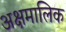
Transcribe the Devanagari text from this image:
अक्षमालिक